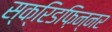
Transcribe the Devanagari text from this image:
स्क्रिडफ़िन्नर